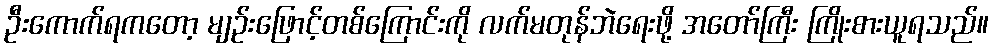
ဦးကောက်ရကတော့ မျဉ်းဖြောင့်တစ်ကြောင်းကို လက်မတုန်ဘဲရေးဖို့ အတော်ကြီး ကြိုးစားယူရသည်။